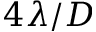
4 \lambda / D